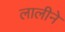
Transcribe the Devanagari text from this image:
लालीने